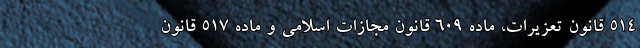
۵۱۴ قانون تعزیرات، ماده ۶۰۹ قانون مجازات اسلامی و ماده ۵۱۷ قانون